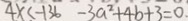
4 x < - 1 3 6 - 3 a ^ { 2 } + 4 b + 3 = 0 .